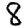
Digit: 8